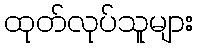
ထုတ်လုပ်သူများ